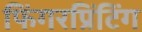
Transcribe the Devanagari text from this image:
फिंगरप्रिंटिंग